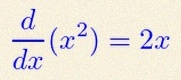
\frac{d}{dx}(x^2)=2x